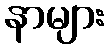
နာများ